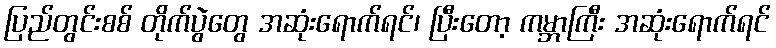
ပြည်တွင်းစစ် တိုက်ပွဲတွေ အဆုံးရောက်ရင်၊ ပြီးတော့ ကမ္ဘာကြီး အဆုံးရောက်ရင်